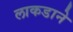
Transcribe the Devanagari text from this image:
लाकडाने